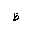
Letter: _za